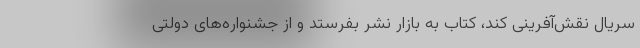
سریال نقش‌آفرینی کند، کتاب به بازار نشر بفرستد و از جشنواره‌های دولتی